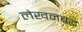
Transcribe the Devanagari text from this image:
लेखनबद्ध